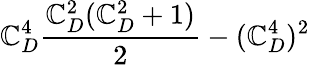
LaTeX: \mathbb{C}_{D}^{4}{\frac{{\mathbb{C}_{D}^{2}(\mathbb{C}_{D}^{2}+1)}}{{2}}}-(\mathbb{C}_{D}^{4})^{2}